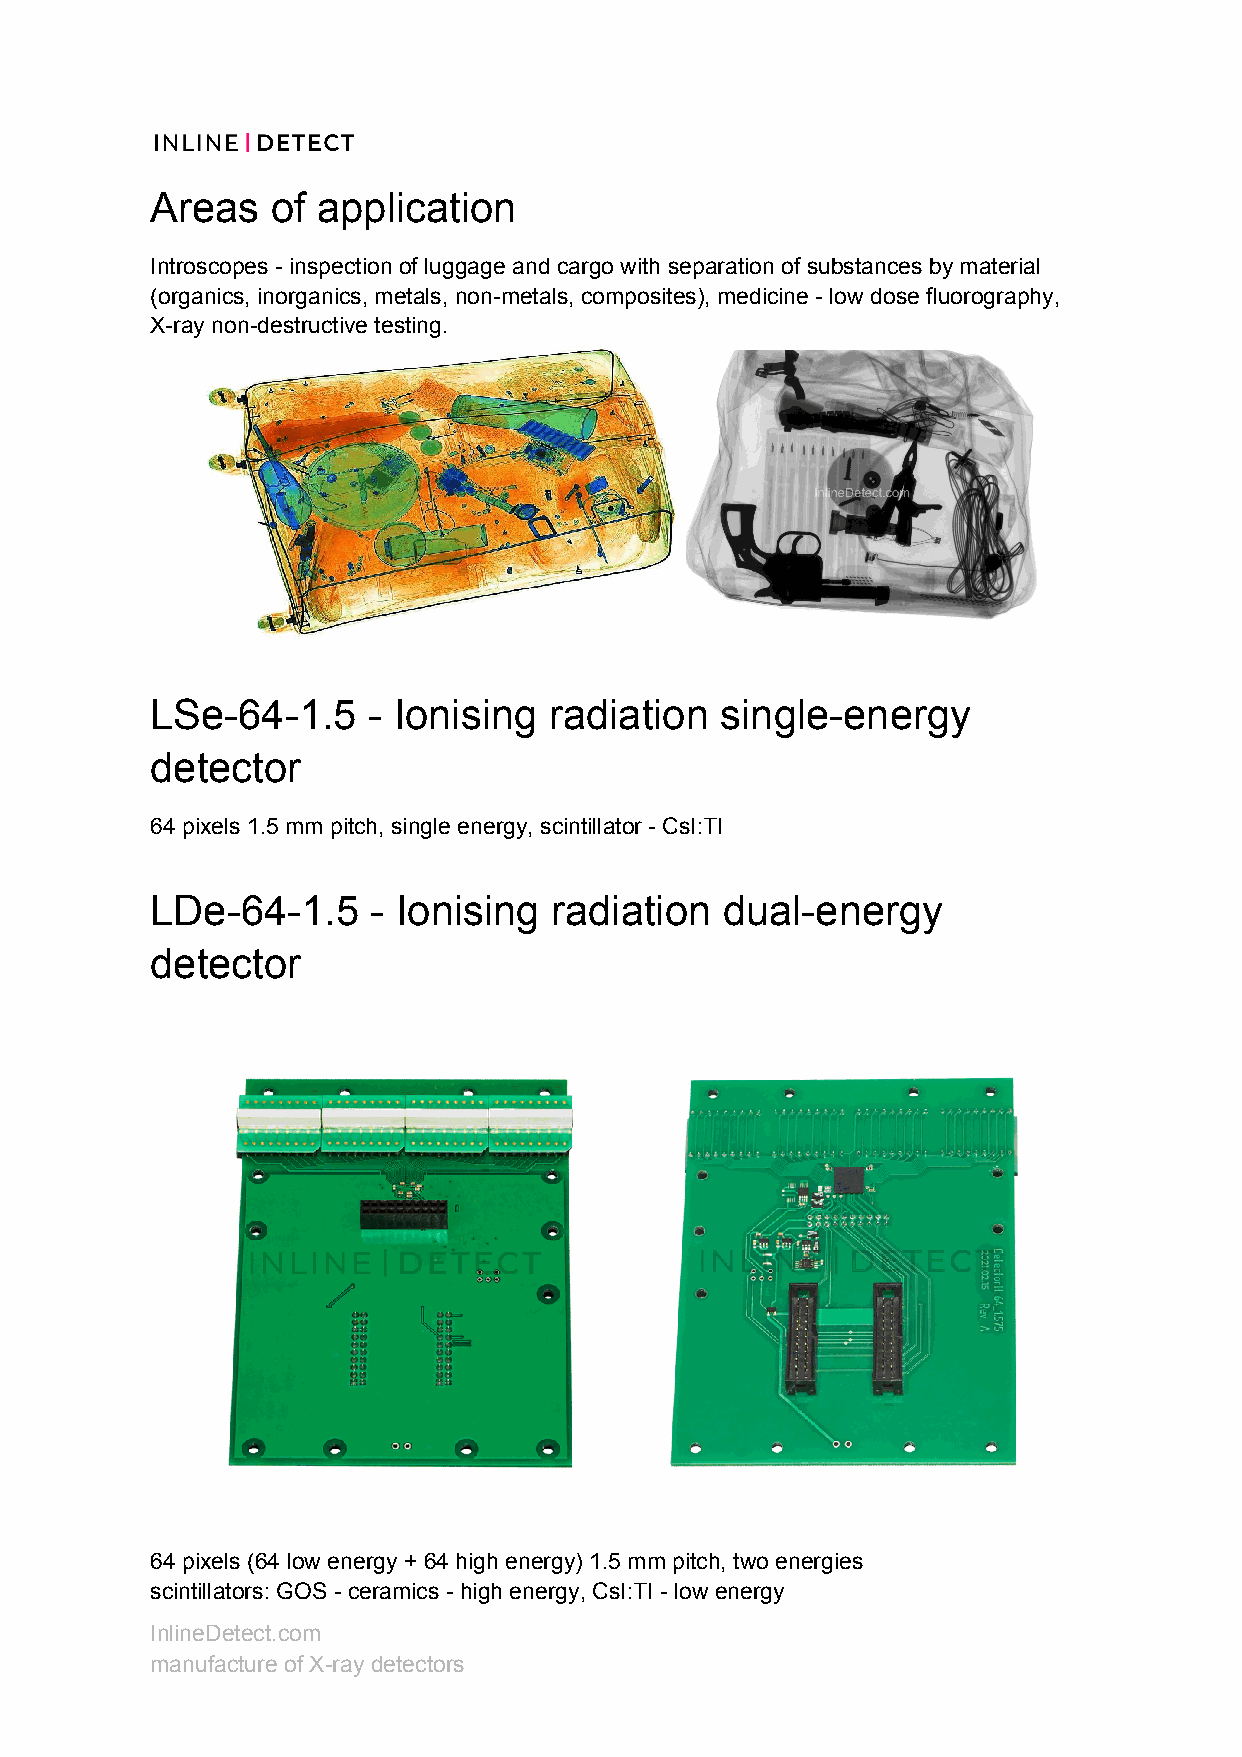
Areas   of application
 Introscopes - inspection of luggage and cargo with separation of substances by material
 (organics, inorganics, metals, non-metals, composites), medicine - low dose fluorography,
 X-ray non-destructive testing.
 LSe-64-1.5    - Ionising  radiation   single-energy
 detector
 64 pixels 1.5 mm pitch, single energy, scintillator - CsI:TI
 LDe-64-1.5     - Ionising radiation   dual-energy
 detector
 64 pixels (64 low energy + 64 high energy) 1.5 mm pitch, two energies
 scintillators: GOS - ceramics - high energy, CsI:TI - low energy
 InlineDetect.com
 manufacture of X-ray detectors